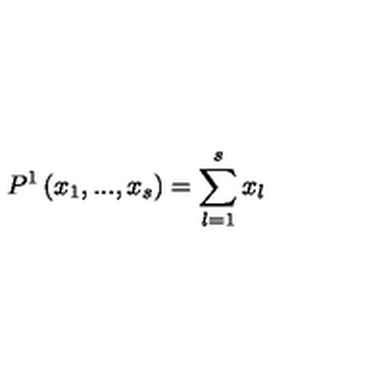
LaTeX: P ^ { 1 } \left( x _ { 1 } , . . . , x _ { s } \right) = \sum _ { l = 1 } ^ { s } x _ { l }